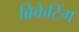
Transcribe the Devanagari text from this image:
ब्रिकेटिंग